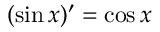
( \sin x ) ^ { \prime } = \cos x